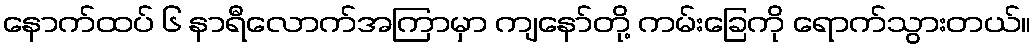
နောက်ထပ် ၆ နာရီလောက်အကြာမှာ ကျနော်တို့ ကမ်းခြေကို ရောက်သွားတယ်။